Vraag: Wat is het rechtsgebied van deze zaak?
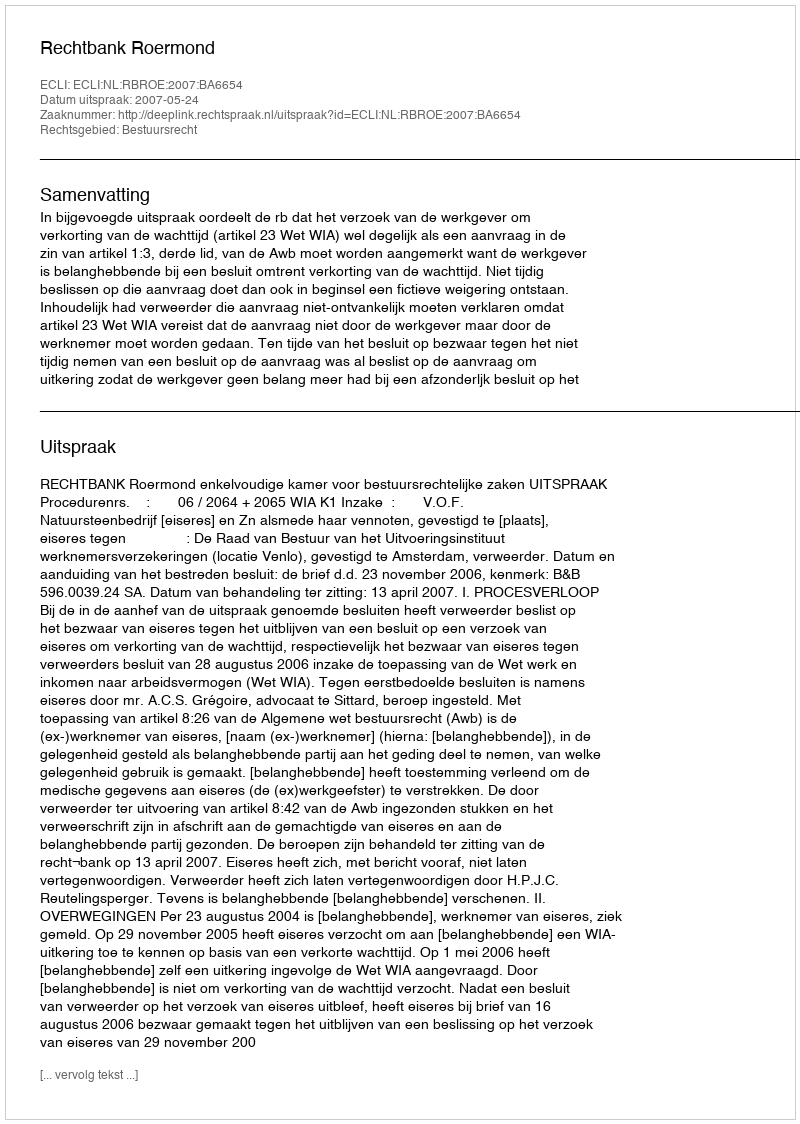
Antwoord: Bestuursrecht